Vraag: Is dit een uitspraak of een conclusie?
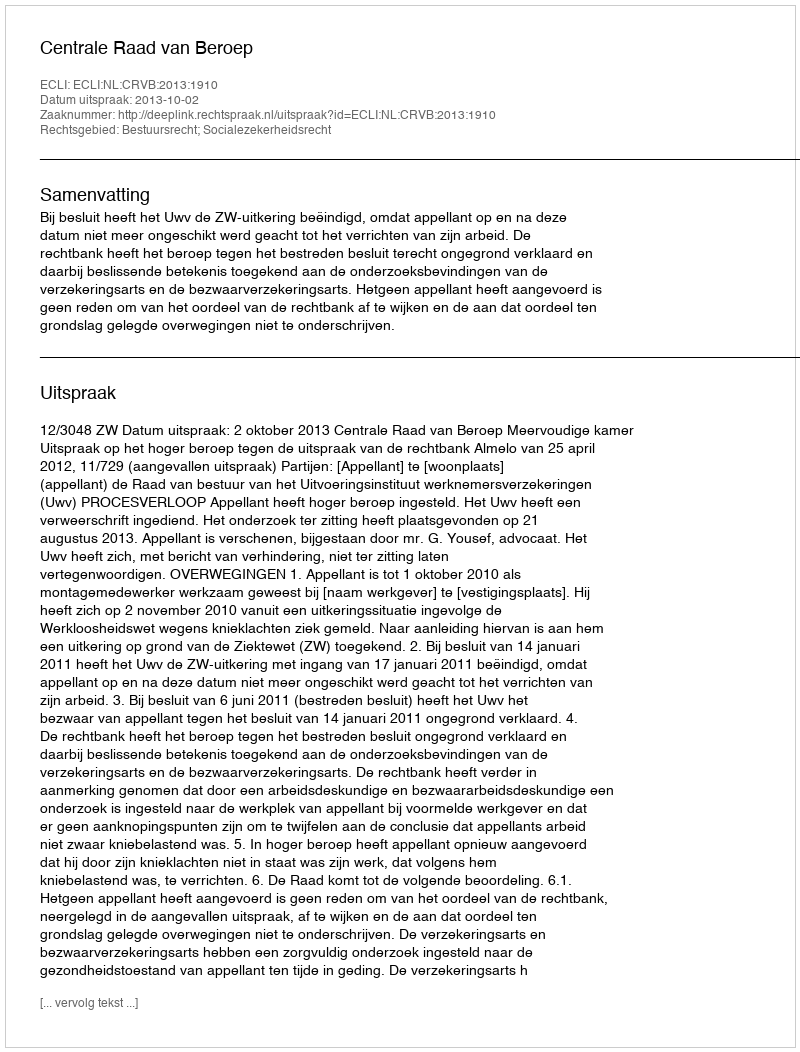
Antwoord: Uitspraak